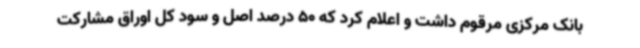
بانک مرکزی مرقوم داشت و اعلام کرد که 50 درصد اصل و سود کل اوراق مشارکت